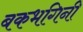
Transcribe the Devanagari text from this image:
बकभगिनी